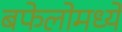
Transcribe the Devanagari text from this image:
बफेलोमध्ये